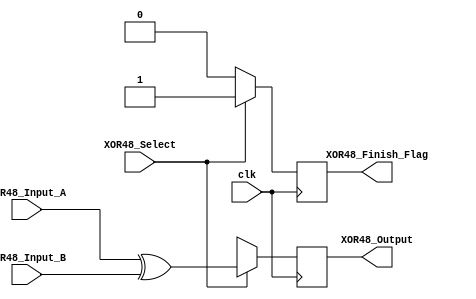
module XOR48(
	XOR48_Input_A,
	XOR48_Input_B,
	XOR48_Select,
	XOR48_Output,
	XOR48_Finish_Flag,
	clk
);

	//input
	input [48:1] XOR48_Input_A;
	input [48:1] XOR48_Input_B;
	input clk;
	input XOR48_Select;
	//output
	output [48:1] XOR48_Output;
	output XOR48_Finish_Flag;
	//internal register
	reg [48:1] XOR48_Reg;
	reg XOR48_Finish;
	
	assign XOR48_Output = XOR48_Reg;
	assign XOR48_Finish_Flag = XOR48_Finish;
	
	always@(posedge clk) begin
		if(XOR48_Select) begin
			XOR48_Reg <= XOR48_Input_A ^ XOR48_Input_B;
			XOR48_Finish <= 1'b1;
		end
		else begin
			XOR48_Finish <= 1'b0;
			XOR48_Reg <= 48'bx;
		end
	end
	

endmodule